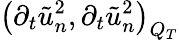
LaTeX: \left(\partial_{t}\tilde{u}_{n}^{2},\partial_{t}\tilde{u}_{n}^{2}\right)_{Q_{T}}